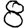
Digit: 8